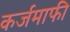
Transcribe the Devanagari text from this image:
कर्जमाफी